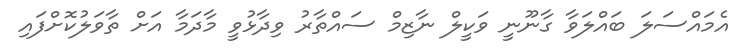
އެމައްސަލަ ބައްލަވާ ގާނޫނީ ވަކީލް ނާޒިމް ސައްތާރު ވިދާޅުވީ މާދަމާ އަށް ތާވަލުކޮށްފައި